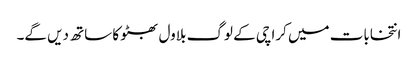
انتخابات میں کراچی کے لوگ بلاول بھٹو کا ساتھ دیں گے۔